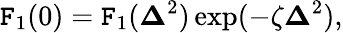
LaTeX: \mathtt{F}_{1}(0)={\cal\mathtt{F}}_{1}({\mathbf{\Delta}}^{2})\exp(-\zeta{\mathbf{\Delta}}^{2}),